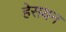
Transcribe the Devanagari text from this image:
हेसयन